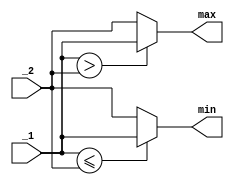
// sorter2.v
// Adaptive Median Filter
// 2 input sorter module

// MIT License
// 
// Copyright (c) 2021 Reza Bahrami
// 
// Permission is hereby granted, free of charge, to any person obtaining a copy
// of this software and associated documentation files (the "Software"), to deal
// in the Software without restriction, including without limitation the rights
// to use, copy, modify, merge, publish, distribute, sublicense, and/or sell
// copies of the Software, and to permit persons to whom the Software is
// furnished to do so, subject to the following conditions:
// 
// The above copyright notice and this permission notice shall be included in all
// copies or substantial portions of the Software.
// 
// THE SOFTWARE IS PROVIDED "AS IS", WITHOUT WARRANTY OF ANY KIND, EXPRESS OR
// IMPLIED, INCLUDING BUT NOT LIMITED TO THE WARRANTIES OF MERCHANTABILITY,
// FITNESS FOR A PARTICULAR PURPOSE AND NONINFRINGEMENT. IN NO EVENT SHALL THE
// AUTHORS OR COPYRIGHT HOLDERS BE LIABLE FOR ANY CLAIM, DAMAGES OR OTHER
// LIABILITY, WHETHER IN AN ACTION OF CONTRACT, TORT OR OTHERWISE, ARISING FROM,
// OUT OF OR IN CONNECTION WITH THE SOFTWARE OR THE USE OR OTHER DEALINGS IN THE
// SOFTWARE.

`default_nettype none

module sorter2 (max, min, _1, _2);
	// Parameters
	parameter DATA_WIDTH = 8;

	// Outputs
	output wire [DATA_WIDTH - 1 : 0] min, max;

	// Inputs
	input wire [DATA_WIDTH - 1 : 0] _1, _2;

	// Dataflow description on module
	assign min = (_1 <= _2) ? _1 : _2;
	assign max = (_1 >  _2) ? _1 : _2;
endmodule